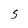
Character: S